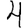
Digit: 4